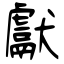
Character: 獻